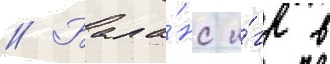
// Бала́нс и́гр в